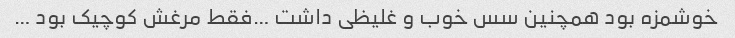
خوشمزه بود همچنین سس خوب و غلیظی داشت …فقط مرغش کوچیک بود …